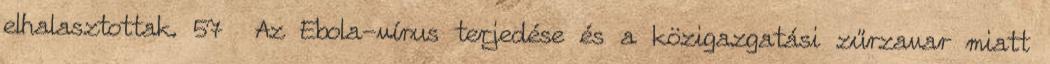
elhalasztottak. 57 Az Ebola-vírus terjedése és a közigazgatási zűrzavar miatt